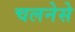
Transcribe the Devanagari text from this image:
चलनेसे